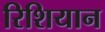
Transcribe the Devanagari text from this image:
रिशियान